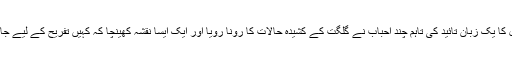
تمام ساتھیوں نے اس خیال کا یک زبان تائید کی تاہم چند احباب نے گلگت کے کشیدہ حالات کا رونا رویا اور ایک ایسا نقشہ کھینچا کہ کہیں تفریح کے لیے جانا خطرے سے خالی نہیں۔